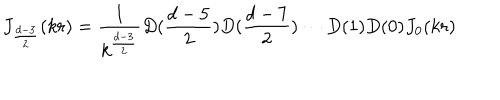
J _ { \frac { d - 3 } { 2 } } ( k r ) = \frac { 1 } { k ^ { \frac { d - 3 } { 2 } } } D ( \frac { d - 5 } { 2 } ) D ( \frac { d - 7 } { 2 } ) \cdots D ( 1 ) D ( 0 ) J _ { 0 } ( k r )